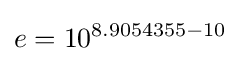
e=10^{8.9054355-10}